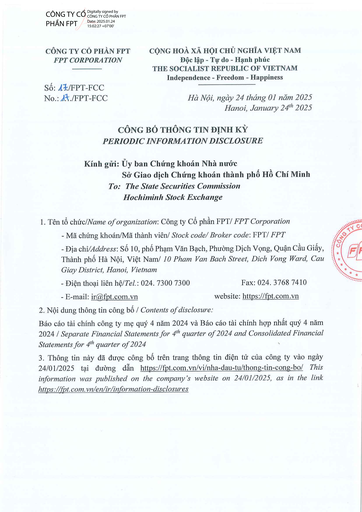
|Kính gửi:|Ủy ban Chứng khoán Nhà nước Sở Giao dịch Chứng khoán thành phố Hồ Chí Minh| |---|---| |To:|The State Securities Commission| ||Hochiminh Stock Exchange|